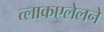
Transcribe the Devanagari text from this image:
त्लाकएलेलने